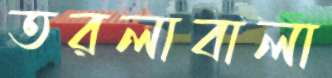
তরলাবালা